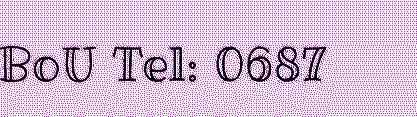
BoU Tel: 0687